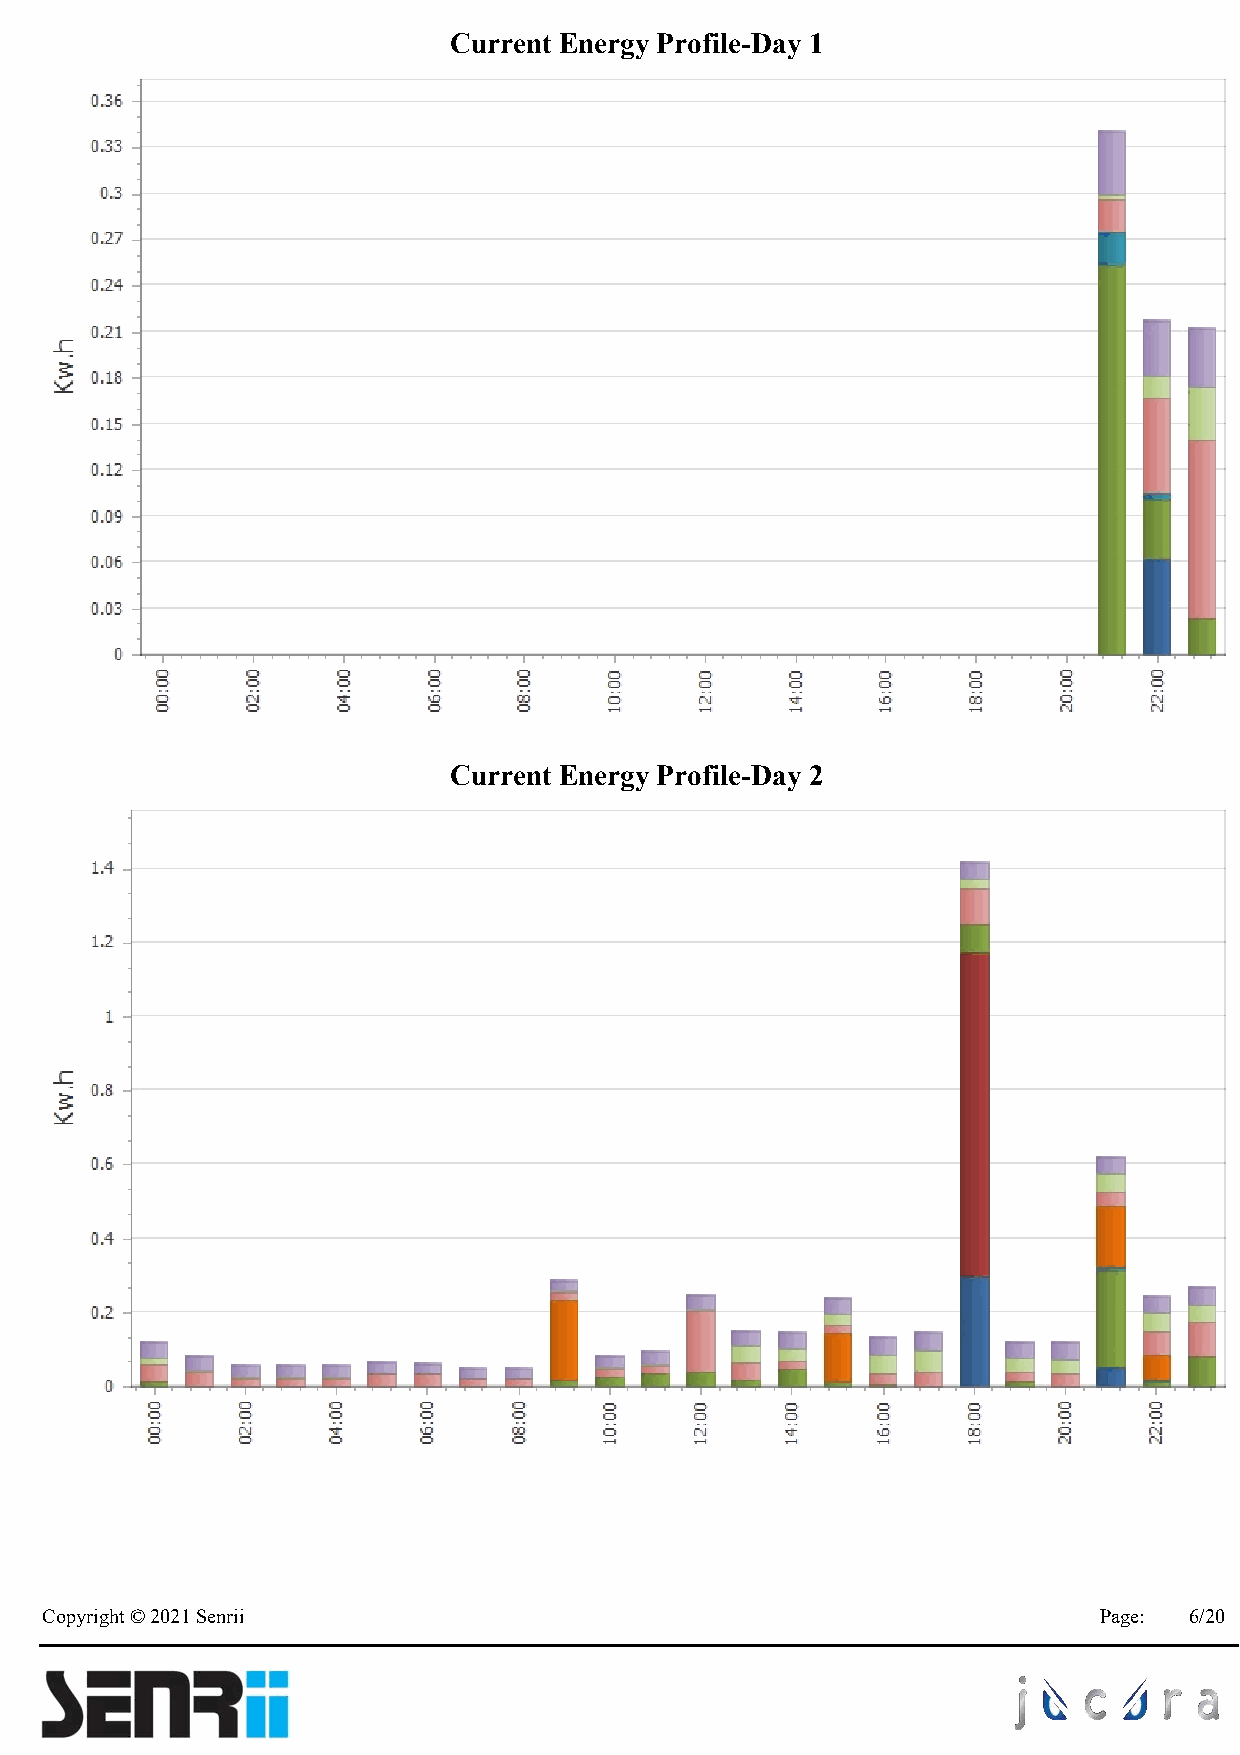
Current Energy Profile-Day 1
 Current Energy Profile-Day 2
 Copyright © 2021 Senrii                                               Page: 6/20